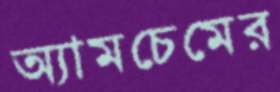
অ্যামচেমের